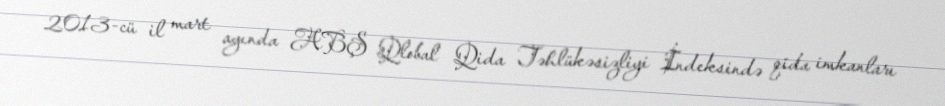
2013-cü il mart ayında ABŞ Qlobal Qida Təhlükəsizliyi İndeksində qida imkanları